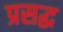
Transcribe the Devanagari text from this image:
प्रसद्ध